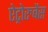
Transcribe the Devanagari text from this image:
ऐट्रोरुबेंस